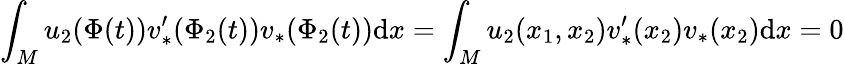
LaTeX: \int_{M}u_{2}(\Phi(t))v_{*}^{\prime}(\Phi_{2}(t))v_{*}(\Phi_{2}(t))\mathrm{d}x=\int_{M}u_{2}(x_{1},x_{2})v_{*}^{\prime}(x_{2})v_{*}(x_{2})\mathrm{d}x=0